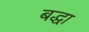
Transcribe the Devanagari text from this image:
बद्धा